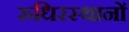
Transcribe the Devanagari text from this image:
रुधिरस्थानों